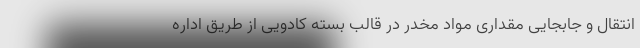
انتقال و جابجایی مقداری مواد مخدر در قالب بسته کادویی از طریق اداره